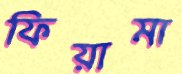
ফিয়ামা